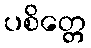
ပစိတ္တေ